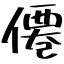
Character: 僊